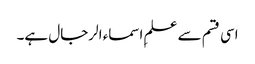
اسی قسم سے علمِ اسماء الرجال ہے۔